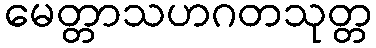
မေတ္တာသဟဂတသုတ္တ